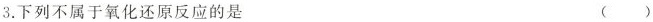
3.下列不属于氧化还原反应的是 ( )